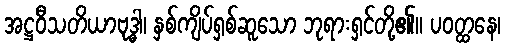
အဋ္ဌဝီသတိယာဗုဒ္ဓါ၊ နှစ်ကျိပ်ရှစ်ဆူသော ဘုရားရှင်တို့၏။ ပဝတ္ထနေ၊